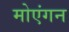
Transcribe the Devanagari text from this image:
मोएंगन